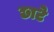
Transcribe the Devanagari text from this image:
छाटे